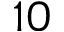
1 0